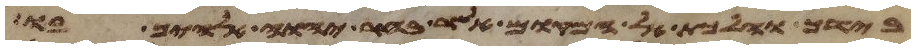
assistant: בידך והלכת אל המקום אשר בחר יהוה אלהיך בו